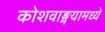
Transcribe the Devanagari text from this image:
कोशवाङ्मयामध्ये